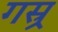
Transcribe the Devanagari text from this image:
गस्र्र